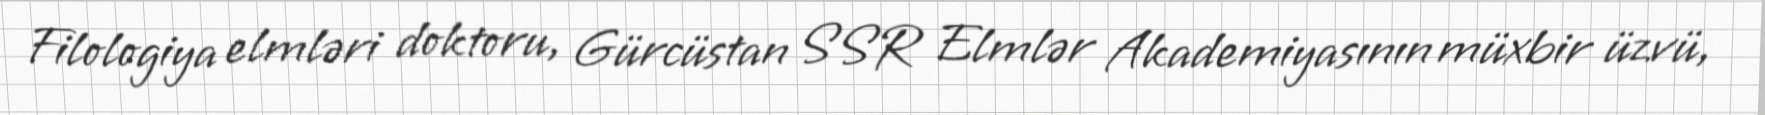
Filologiya elmləri doktoru, Gürcüstan SSR Elmlər Akademiyasının müxbir üzvü,